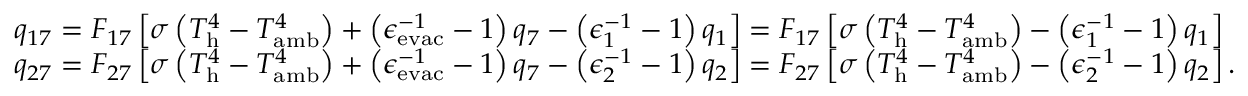
\begin{array} { r l } & { q _ { 1 7 } = F _ { 1 7 } \left[ \sigma \left( T _ { \mathrm { h } } ^ { 4 } - T _ { \mathrm { a m b } } ^ { 4 } \right) + \left( \epsilon _ { \mathrm { e v a c } } ^ { - 1 } - 1 \right) q _ { 7 } - \left( \epsilon _ { 1 } ^ { - 1 } - 1 \right) q _ { 1 } \right] = F _ { 1 7 } \left[ \sigma \left( T _ { \mathrm { h } } ^ { 4 } - T _ { \mathrm { a m b } } ^ { 4 } \right) - \left( \epsilon _ { 1 } ^ { - 1 } - 1 \right) q _ { 1 } \right] } \\ & { q _ { 2 7 } = F _ { 2 7 } \left[ \sigma \left( T _ { \mathrm { h } } ^ { 4 } - T _ { \mathrm { a m b } } ^ { 4 } \right) + \left( \epsilon _ { \mathrm { e v a c } } ^ { - 1 } - 1 \right) q _ { 7 } - \left( \epsilon _ { 2 } ^ { - 1 } - 1 \right) q _ { 2 } \right] = F _ { 2 7 } \left[ \sigma \left( T _ { \mathrm { h } } ^ { 4 } - T _ { \mathrm { a m b } } ^ { 4 } \right) - \left( \epsilon _ { 2 } ^ { - 1 } - 1 \right) q _ { 2 } \right] { . } } \end{array}